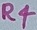
Text: R4